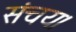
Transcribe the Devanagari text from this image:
संचय।